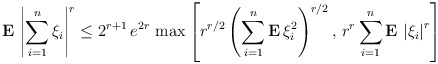
\begin{align*}{\bf E\,}\left| \sum_{i=1}^{n}\xi _{i}\right| ^{r}\leq 2^{r+1}\,e^{2r}\,\max\left[ r^{r/2}\left( \sum_{i=1}^{n}{\bf E\,}\xi _{i}^{2}\right)^{r/2},\,r^{r}\sum_{i=1}^{n}{\bf E\,}\left| \xi _{i}\right| ^{r}\right]\end{align*}